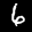
Label: 6